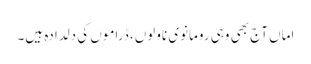
اماں آج بھی وہی رومانوی ناولوں، ڈراموں کی دلدادہ ہیں۔